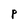
Character: P